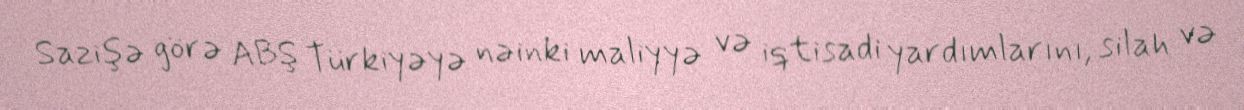
Sazişə görə ABŞ Türkiyəyə nəinki maliyyə və iqtisadi yardımlarını, silah və